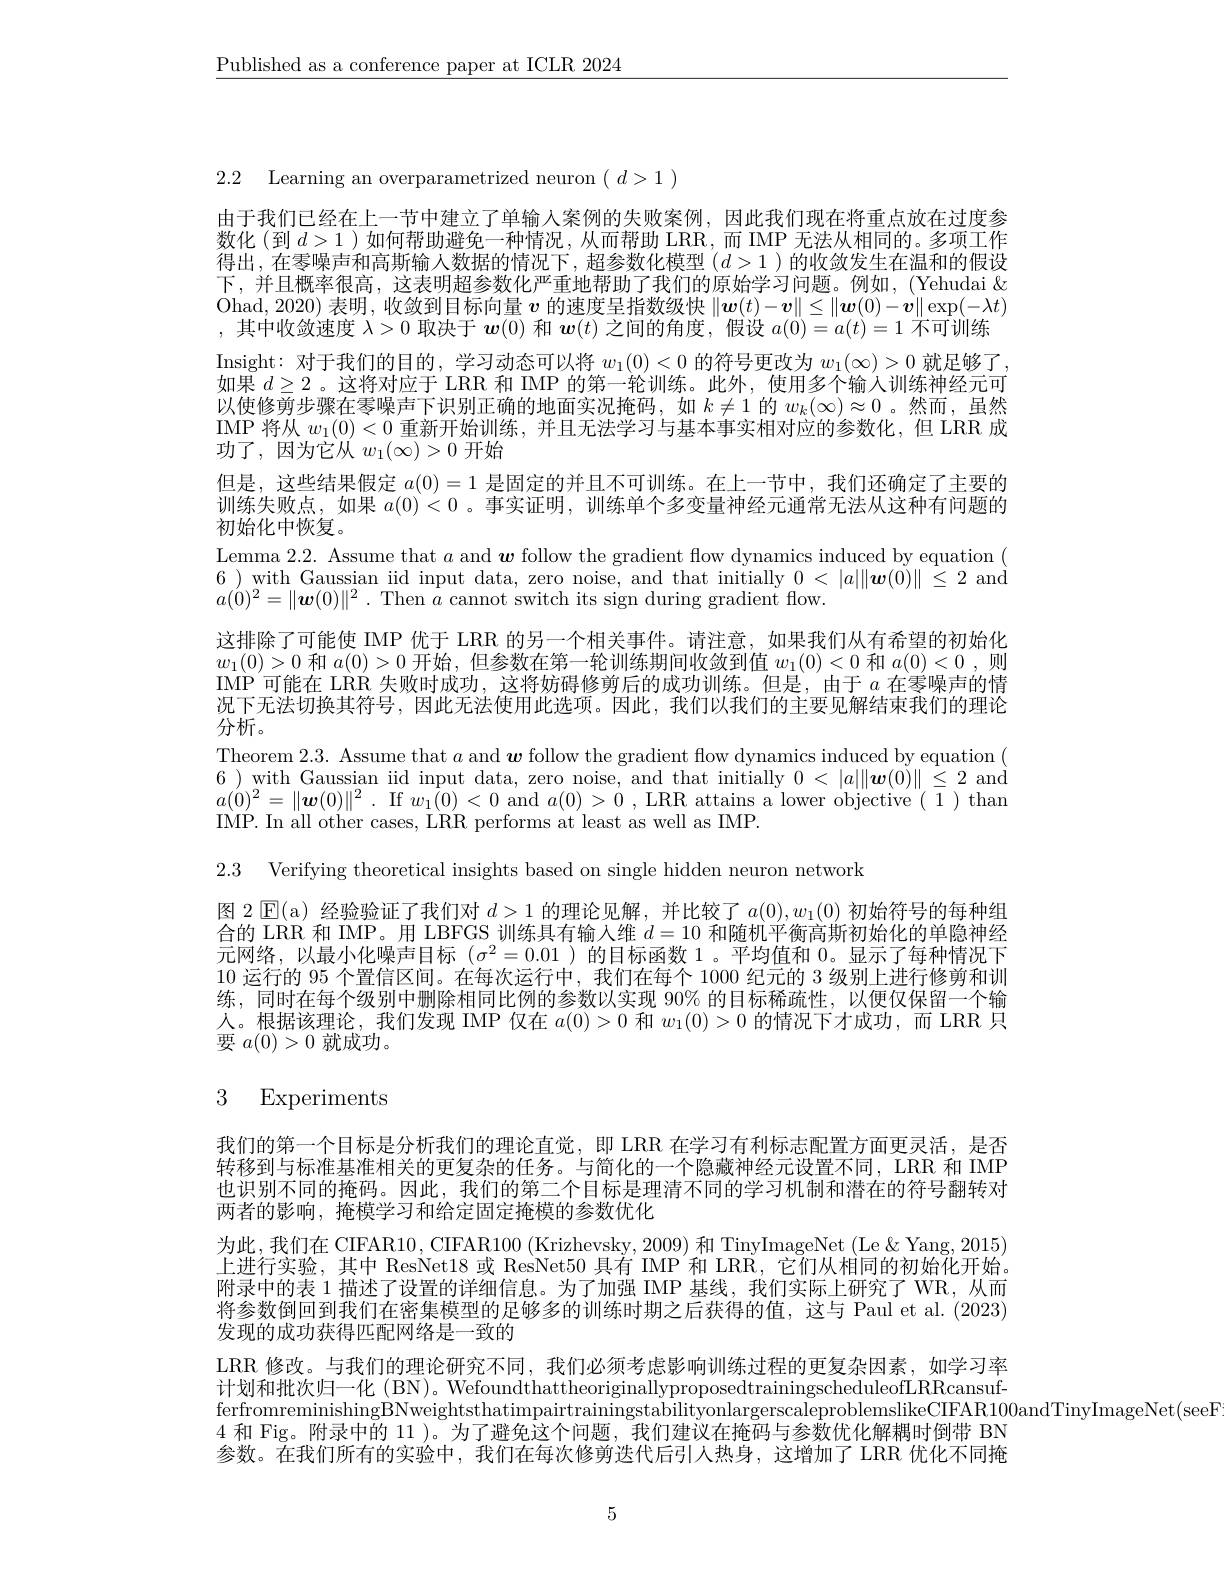
$\underline{\text{Published as a conference paper at ICLR 2024}}$

2.2 Learning an overparametrized neuron $(\begin{array}{c}d>1\end{array})$
由于我们已经在上一节中建立了单输人案例的失败案例，因此我们现在将重点放在过度参数化(到$d>1$ )如何帮助避免一种情况，从而帮助 LRR,而 IMP 无法从相同的。多项工作得出，在零噪声和高斯输人数据的情况下，超参数化模型$(d>1)$的收敛发生在温和的假设下，并且概率很高，这表明超参数化严重地帮助了我们的原始学习问题。例如，(Yehudai $\&$ $\begin{array}{l}\mathrm{Ohad,~2020)~表明，~收敛到目标向量~}\boldsymbol{v}\text{ 的速度呈指数级快}\|\boldsymbol{w}(t)-\boldsymbol{v}\|\leq\|\boldsymbol{w}(0)-\boldsymbol{v}\|\exp(-\lambda t)\\\mathrm{,~其中收敛速度~}\lambda>0\text{ 取决于 }\boldsymbol{w}(0)\text{ 和 }\boldsymbol{w}(t)\text{ 之间的角度，假设 }a(0)=a(t)=1\text{ 不可训练}\end{array}$ $\begin{array}{l}\mathrm{Insight:~对于我们的目的，~学习动态可以将~}w_{1}(0)<0\text{ 的符号更改为 }w_{1}(\infty)>0\text{ 就足够了}\\\text{如果 }d\geq2\text{ 。这将对应于 LRR 和 IMP 的第一轮训练。此外，使用多个输入训练神经元可}\end{array}$ 以使修剪步骤在零噪声下识别正确的地面实况掩码，如$k\neq1$的$w_k(\infty)\approx0$。然而，虽然IMP 将从$w_1(0)<0$重新开始训练，并且无法学习与基本事实相对应的参数化，但 LRR 成功了，因为它从$w_1(\infty)>0$开始
但是，这些结果假定$a(0)=1$是固定的并且不可训练。在上一节中，我们还确定了主要的训练失败点，如果$a(0)<0$ 。事实证明，训练单个多变量神经元通常无法从这种有问题的初始化中恢复。
Lemma 2.2. Assume that $a$ and $\boldsymbol w$ follow the gradient flow dynamics induced by equation ( 6)with Gaussian iid input data, zero noise, and that initially $0<|a|\|\boldsymbol{w}(0)\|\leq2$ and $a( 0) ^{2}= \| \boldsymbol{w}( 0) \| ^{2}$ . Then $a$ cannot switch its sign during gradient flow.
这排除了可能使 IMP 优于 LRR 的另一个相关事件。请注意，如果我们从有希望的初始化$w_1(0)>0$和$a(0)>0$开始，但参数在第一轮训练期间收敛到值$w_1(0)<0$和$a(0)<0$ ,则IMP 可能在 LRR 失败时成功，这将妨碍修剪后的成功训练。但是，由于$a$在零噪声的情况下无法切换其符号，因此无法使用此选项。因此，我们以我们的主要见解结束我们的理论分析。
Theorem 2.3. Assume that $a$ and $\boldsymbol w$ follow the gradient flow dynamics induced by equation ( 6)with Gaussian iid input data, zero noise, and that initially $0<|a\|\boldsymbol{w}(0)\|\leq2$ and $a( \acute{0} ) ^{2}= \| \boldsymbol{w}( 0) \| ^{2}$ . If $w_1(0)<0$ and $a(0)>0$ , LRR attains a lower objective( $\overline1)$ than IMP. In all other cases, LRR performs at least as well as IMP.
2.3 Verifying theoretical insights based on single hidden neuron network
图 2 $\operatorname{E}($a) 经验验证了我们对$d>1$的理论见解，并比较了$a(0),w_1(0)$初始符号的每种组合的 LRR 和 IMP。用 LBFGS 训练具有输入维$d=10$和随机平衡高斯初始化的单隐神经

元网络，以最小化噪声目标($\sigma^2=0.01$)的目标函数 1。平均值和0。显示了每种情况下10运行的 95 个置信区间。在每次运行中，我们在每个 1000 纪元的 3 级别上进行修剪和训练，同时在每个级别中删除相同比例的参数以实现 90% 的目标稀疏性，以便仅保留一个输人。根据该理论，我们发现 IMP 仅在$a(0)>0$和$w_1(0)>0$的情况下才成功，而 LRR 只要$a(0)>0$就成功。

# 3 Experiments

我们的第一个目标是分析我们的理论直觉，即 LRR 在学习有利标志配置方面更灵活，是否转移到与标准基准相关的更复杂的任务。与简化的一个隐藏神经元设置不同，LRR 和 IMP 也识别不同的掩码。因此，我们的第二个目标是理清不同的学习机制和潜在的符号翻转对两者的影响，掩模学习和给定固定掩模的参数优化
为此，我们在 CIFAR10, CIFAR100 (Krizhevsky, 2009) 和 TinyImageNet (Le &Yang, 2015) 上进行实验，其中 ResNet18 或 ResNet50 具有 IMP 和 LRR, 它们从相同的初始化开始。附录中的表 1 描述了设置的详细信息。为了加强 IMP 基线，我们实际上研究了 WR, 从而将参数倒回到我们在密集模型的足够多的训练时期之后获得的值，这与 Paul et al. (2023) 发现的成功获得匹配网络是一致的
LRR 修改。与我们的理论研究不同，我们必须考虑影响训练过程的更复杂因素，如学习率计划和批次归一化(BN)。WefoundthattheoriginallyproposedtrainingscheduleofLRRcansufferfromreminishingBNweightsthatimpairtrainingstabilityonlargerscaleproblemslikeCIFAR100andTinyImageNet(seeF)
4 和 Fig。附录中的 11 )。为了避免这个问题，我们建议在掩码与参数优化解耦时倒带 BN 参数。在我们所有的实验中，我们在每次修剪迭代后引人热身，这增加了 LRR 优化不同掩

5